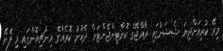
މިރޭ ކުރިއަށްދިޔަ ޝެޝަނުގައި ރާއްޖޭގެ ކޮންޓިންޖެންޓަށް ދެކުނު ކޮރެއާގެ އިންޗިއޮންގައި މި ފެށޭ